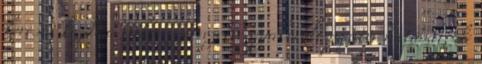
keresni kezdi a cukor szervezetre gyakorolt pozitív hatását, de